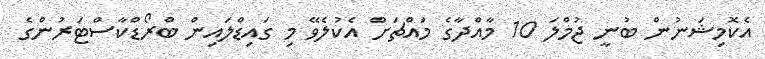
އެކޮމިޝަނުން ބުނީ ޖުމްލަ 10 މާއްދާގެ މައްޗަށް އެކުލެވޭ މި ގައިޑްލައިން ބްރޯޑްކާސްޓަރުންގެ